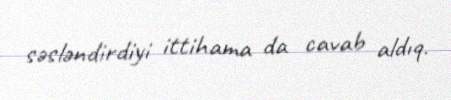
səsləndirdiyi ittihama da cavab aldıq.